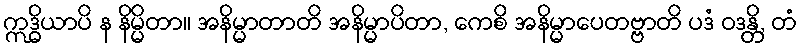
ဣဒ္ဓိယာပိ န နိမ္မိတာ။ အနိမ္မာတာတိ အနိမ္မာပိတာ, ကေစိ အနိမ္မာပေတဗ္ဗာတိ ပဒံ ဝဒန္တိ, တံ